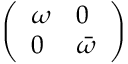
\left( \begin{array} { l l } { \omega } & { 0 } \\ { 0 } & { \bar { \omega } } \end{array} \right)